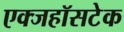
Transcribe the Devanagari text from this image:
एक्जहॉसटेक